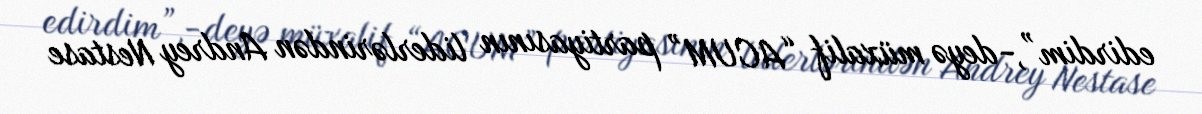
edirdim”,-deyə müxalif “ACUM” partiyasının liderlərindən Andrey Nestase